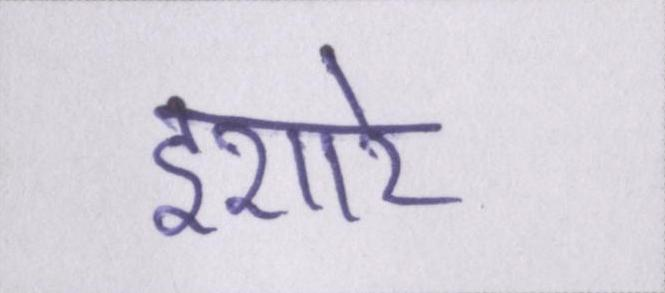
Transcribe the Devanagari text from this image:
इशारे